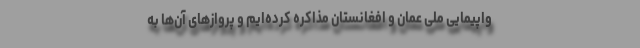
واپیمایی ملی عمان و افغانستان مذاکره کرده‌ایم و پروازهای آن‌ها به